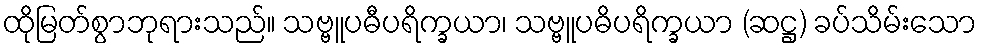
ထိုမြတ်စွာဘုရားသည်။ သဗ္ဗူပဓီပရိက္ခယာ၊ သဗ္ဗူပဓိပရိက္ခယာ (ဆဋ္ဌ) ခပ်သိမ်းသော